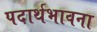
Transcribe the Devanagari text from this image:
पदार्थभावना